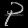
Digit: ၃